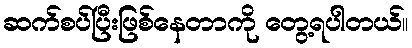
ဆက်စပ်ပြီးဖြစ်နေတာကို တွေ့ရပါတယ်။